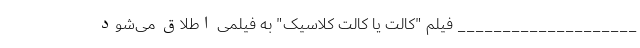
____________________ فیلم "کالت یا کالت کلاسیک" به فیلمی اطلاق می‌شود